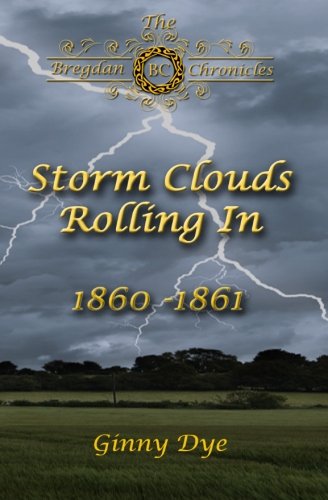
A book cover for Storm Clouds Rolling In (# 1 in the Bregdan Chronicles Historical Fiction Romance Series) (Volume 1); Ginny Dye; Literature & Fiction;